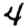
Digit: 4